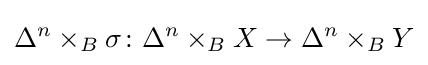
\Delta ^{n}\times _{B}\sigma \colon \Delta ^{n}\times _{B}X\rightarrow \Delta ^{n}\times _{B}Y